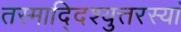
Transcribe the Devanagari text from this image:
तस्माद्दिश्युत्तरस्यां